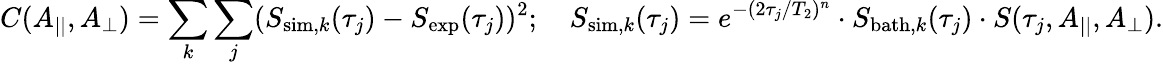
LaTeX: C(A_{||},A_{\perp})=\sum_{k}\sum_{j}(S_{\mathrm{sim},k}(\tau_{j})-S_{\mathrm{exp}}(\tau_{j}))^{2};\quad S_{\mathrm{sim},k}(\tau_{j})=e^{-(2\tau_{j}/T_{2})^{n}}\cdot S_{\mathrm{bath},k}(\tau_{j})\cdot S(\tau_{j},A_{||},A_{\perp}).